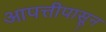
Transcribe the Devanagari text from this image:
आपत्तीपासून